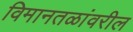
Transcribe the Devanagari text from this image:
विमानतळांवरील